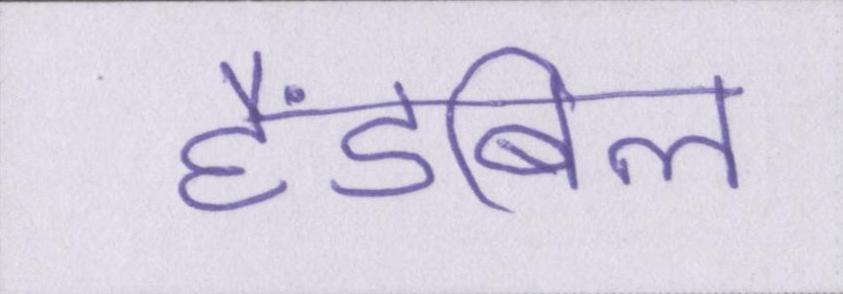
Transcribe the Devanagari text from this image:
हैंडबिल